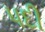
પદી